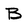
Character: B